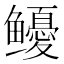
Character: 𩾎